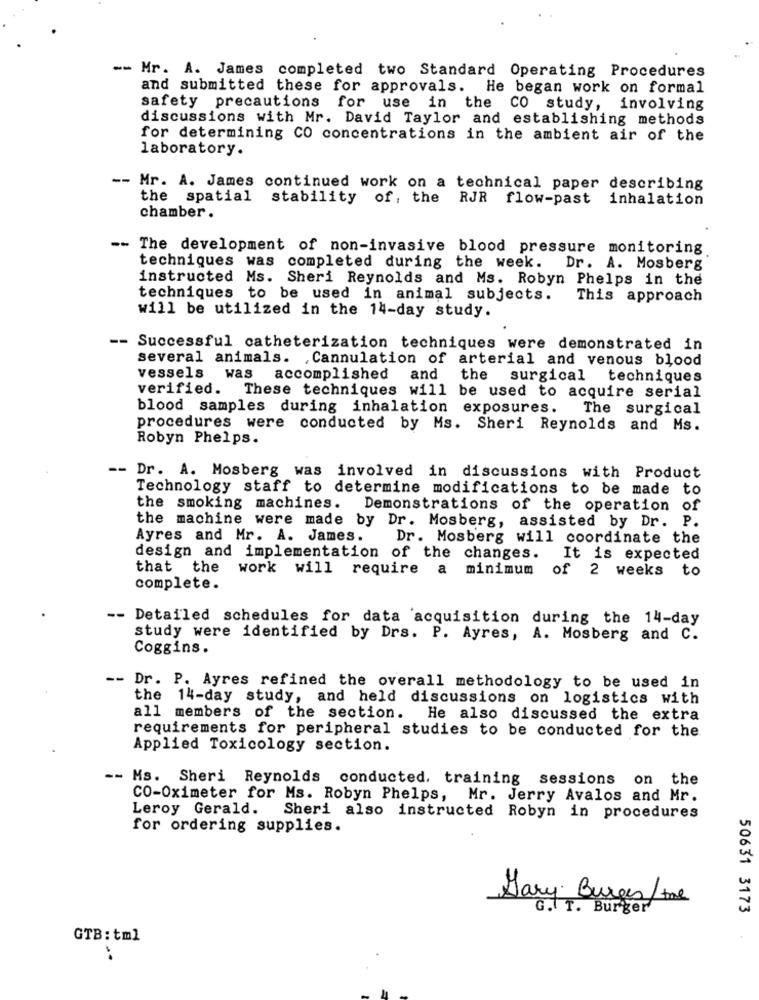
-- Mr. A. James completed two Standard Operating Procedures
and submitted these for approvals. He began work on formal
safety precautions for use in the CO study, involving
discussions with Mr. David Taylor and establishing methods
for determining CO concentrations in the ambient air of the
laboratory.
-- Mr. A. James continued work on a technical paper describing
the spatial stability of, the RJR flow-past inhalation
chamber .
-- The development of non-invasive blood pressure monitoring
techniques was completed during the week. Dr. A. Mosberg
instructed Ms. Sheri Reynolds and Ms. Robyn Phelps in the
techniques to be used in animal subjects.
This approach
will be utilized in the 14-day study.
-- Successful catheterization techniques were demonstrated in
several animals. , Cannulation of arterial and venous blood
vessels was accomplished and
the surgical techniques
verified. These techniques will be used to acquire serial
blood samples during inhalation exposures.
The surgical
procedures were conducted by Ms. Sheri Reynolds and Ms.
Robyn Phelps.
-- Dr. A. Mosberg was involved in discussions with Product
Technology staff to determine modifications to be made to
the smoking machines.
Demonstrations of the operation of
the machine were made by Dr. Mosberg, assisted by Dr. P.
Ayres and Mr. A. James.
Dr. Mosberg will coordinate the
design and implementation of the changes.
It is expected
that the work will require a minimum
of 2 weeks to
complete.
-- Detailed schedules for data acquisition during the 14-day
study were identified by Drs. P. Ayres, A. Mosberg and C.
Coggins.
-- Dr. P. Ayres refined the overall methodology to be used in
the 14-day study, and held discussions on logistics with
all members of the section. He also discussed the extra
requirements for peripheral studies to be conducted for the
Applied Toxicology section.
-- Ms. Sheri Reynolds conducted. training sessions on the
CO-Oximeter for Ms. Robyn Phelps, Mr. Jerry Avalos and Mr.
Leroy Gerald. Sheri also instructed Robyn in procedures
for ordering supplies.
Gary Burges /me
G. T. Burger
50631 3173
GTB: tml